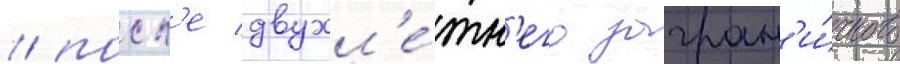
/ посл'е двухл'е́тн'его загран'и́чного